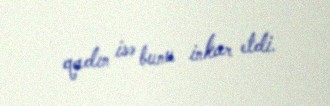
qadın isə bunu inkar etdi.